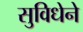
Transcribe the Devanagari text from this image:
सुविधेने